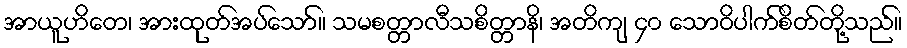
အာယူဟိတေ၊ အားထုတ်အပ်သော်။ သမစတ္တာလီသစိတ္တာနိ၊ အတိကျ ၄၀ သောဝိပါက်စိတ်တို့သည်။